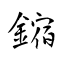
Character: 鏥